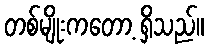
တစ်မျိုးကတော့ ရှိသည်။